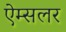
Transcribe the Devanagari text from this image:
ऐम्सलर